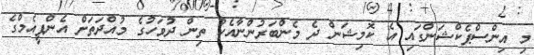
މި އިންސްޕެކްޝަންގައި އެ ކޮމިޝަން ދެ މެންބަރުންނާއެކު ތިން ދުވަހުގެ މުއްދަތަށް އެންޕީއެމްގެ